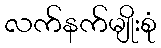
လက်နက်မျိုးစုံ